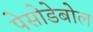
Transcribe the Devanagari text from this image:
पेसोडेबोल